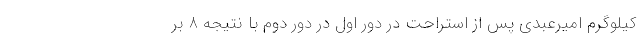
کیلوگرم امیرعبدی پس از استراحت در دور اول در دور دوم با نتیجه ۸ بر